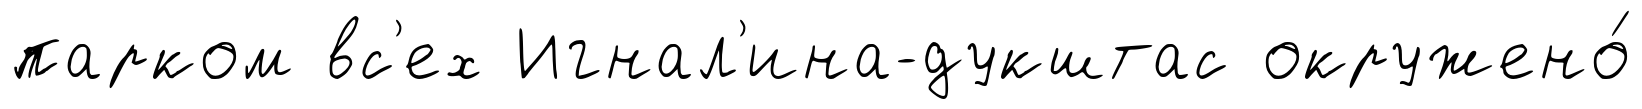
парком вс'ех Игнал'ина-дукштас окружено́